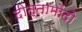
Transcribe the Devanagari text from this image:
दीत्तामोंदो